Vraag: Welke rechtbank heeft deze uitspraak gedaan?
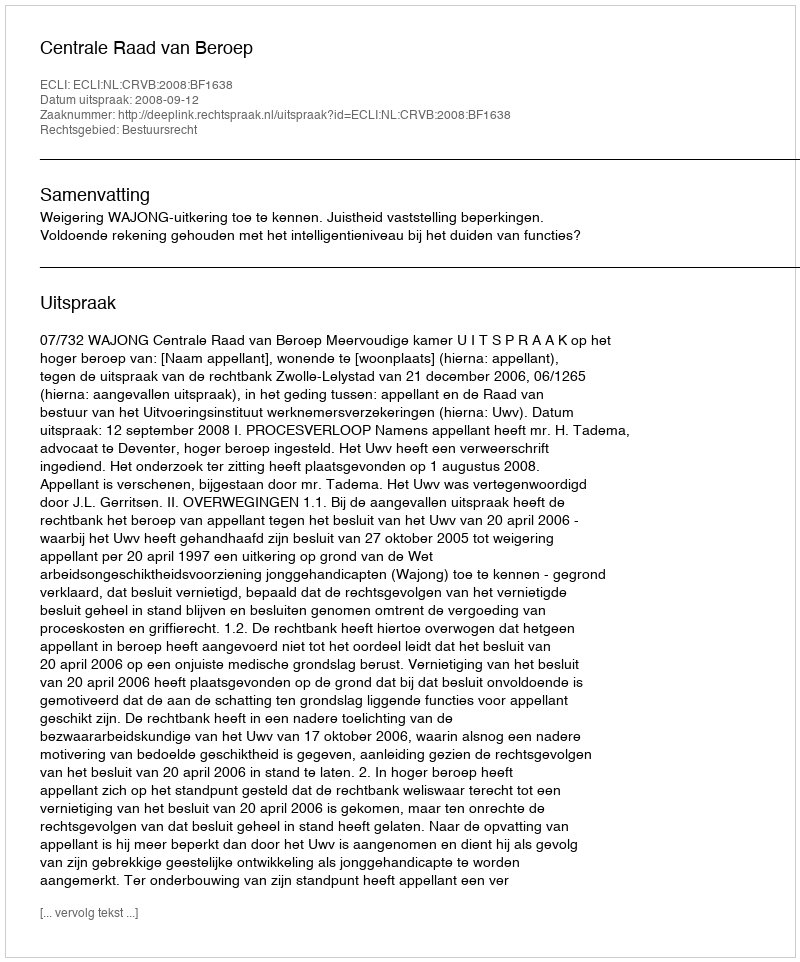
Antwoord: Centrale Raad van Beroep